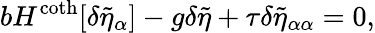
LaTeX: bH^{\coth}[\delta\tilde{\eta}_{\alpha}]-g\delta{\tilde{\eta}}+\tau\delta\tilde{\eta}_{\alpha\alpha}=0,